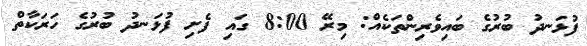
ފުޅަނދު ބުރުގެ ބައިވެރިންތަކެއް: މިރޭ 8:00 ގައި ފެށި ފުޅަނދު ބުރުގެ ހަރަކާތް